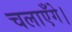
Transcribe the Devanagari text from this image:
चलाएँगे।